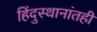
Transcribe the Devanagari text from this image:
हिंदुस्थानांतही